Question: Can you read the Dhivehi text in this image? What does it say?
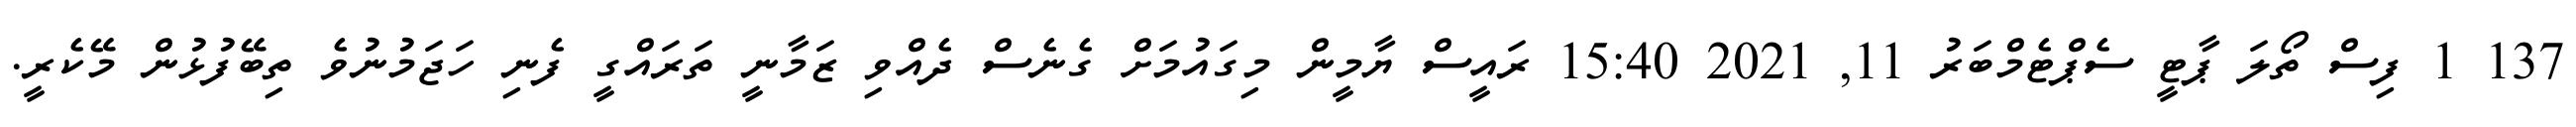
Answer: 137 1 ފިސް ތޯލަ ޕާޓީ ސެޕްޓެމްބަރު 11, 2021 15:40 ރައީސް ޔާމީން މިގައުމަށް ގެނެސް ދެއްވި ޒަމާނީ ތަރައްގީ ފެނި ހަޖަމުނުވެ ތިބޭފުޅުން މޭކެރީ.